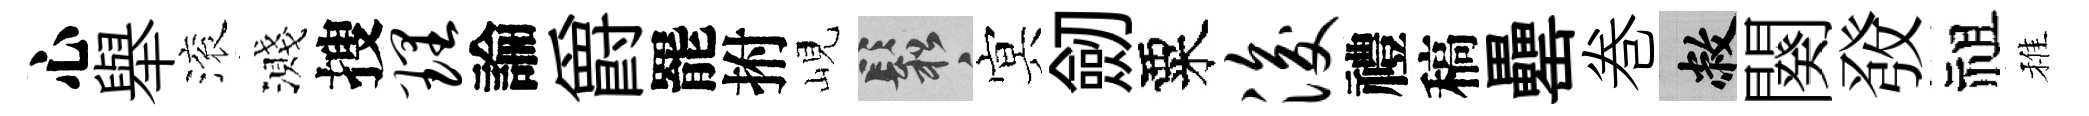
心舉滚濺搜理論爵罷拊峴鬆㝠劒粟浚禮稿罍巻敝闋𤼲祖稚